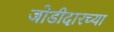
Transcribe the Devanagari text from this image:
जोडीदारच्या